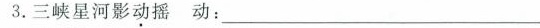
3.三峡星河影动摇 动：_____